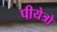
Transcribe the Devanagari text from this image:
पीयेत्रो